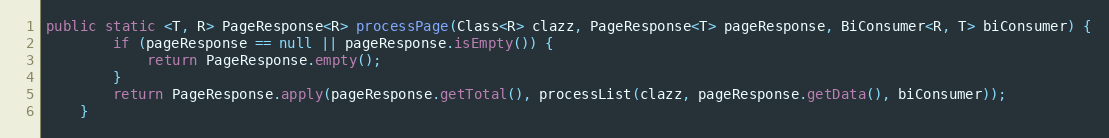
Language: Java
public static <T, R> PageResponse<R> processPage(Class<R> clazz, PageResponse<T> pageResponse, BiConsumer<R, T> biConsumer) {
        if (pageResponse == null || pageResponse.isEmpty()) {
            return PageResponse.empty();
        }
        return PageResponse.apply(pageResponse.getTotal(), processList(clazz, pageResponse.getData(), biConsumer));
    }